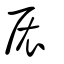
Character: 扆